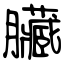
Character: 臟